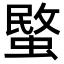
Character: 𮔧